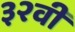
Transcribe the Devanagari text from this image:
३२वी